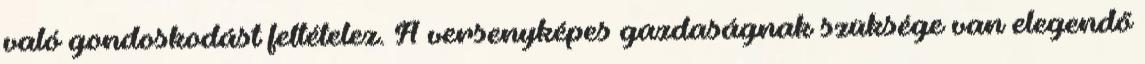
való gondoskodást feltételez. A versenyképes gazdaságnak szüksége van elegendő